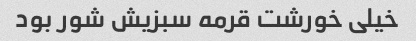
خیلی خورشت قرمه سبزیش شور بود